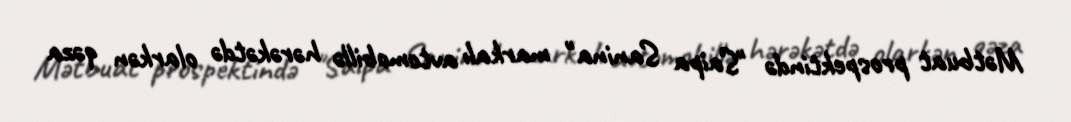
Mətbuat prospektində "Saipa Sanina" markalı avtomobillə hərəkətdə olarkən qəza